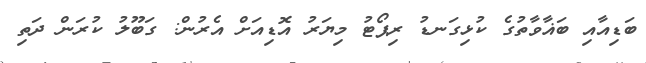
ބަޑިއާއި ބަޣާވާތުގެ ކުޅިގަނޑު ރިޕޯޓު މިޔަރު އޮޑިއަށް އެރުން: ގަބޫލު ކުރަން ދަތި